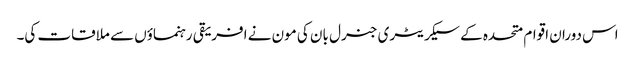
اس دوران اقوام متحدہ کے سیکریٹری جنرل بان کی مون نے افریقی رہنماؤں سے ملاقات کی۔